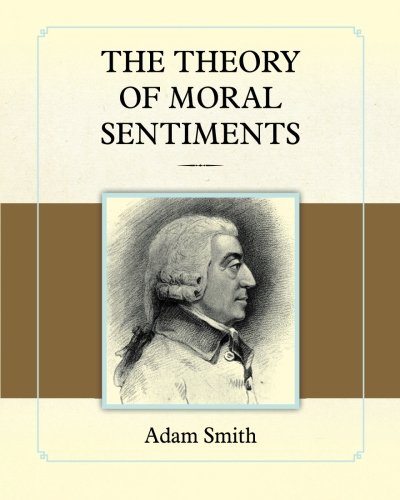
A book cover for The Theory of Moral Sentiments; Adam Smith; Business & Money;